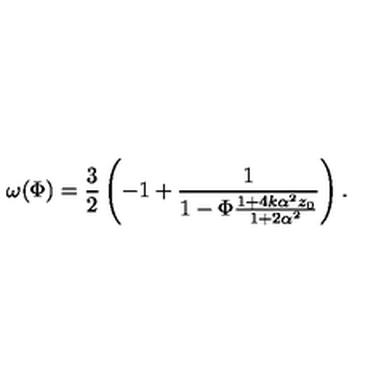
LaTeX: \omega ( \Phi ) = \frac { 3 } { 2 } \left( - 1 + \frac { 1 } { 1 - \Phi \frac { 1 + 4 k \alpha ^ { 2 } z _ { 0 } } { 1 + 2 \alpha ^ { 2 } } } \right) .